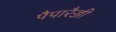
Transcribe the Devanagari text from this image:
पैपारैज्जी